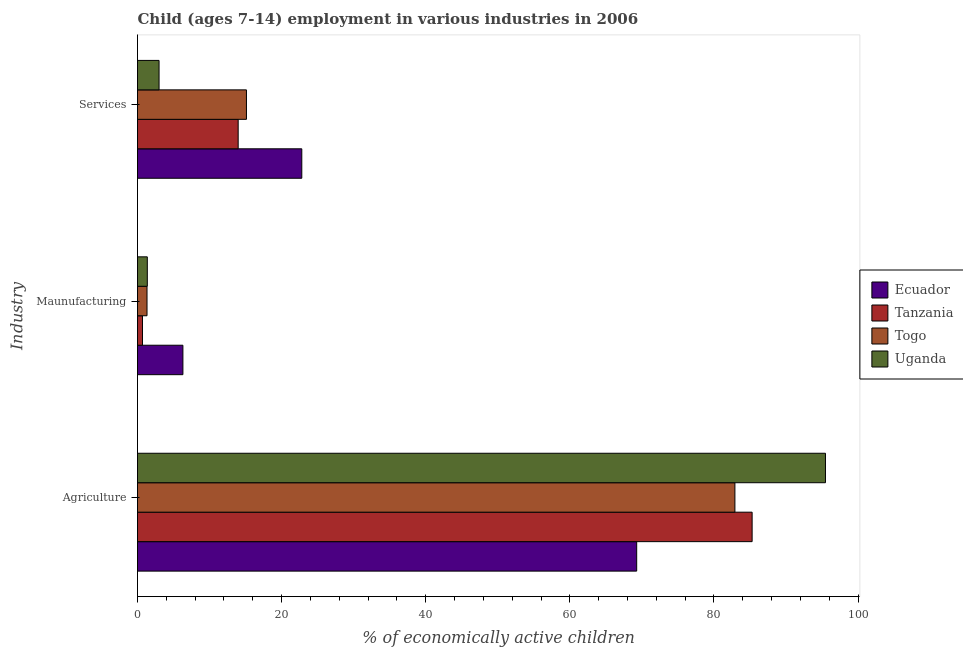
| Industry | Ecuador | Tanzania | Togo | Uganda |
 | --- | --- | --- | --- | --- |
 | Agriculture | 69.3 | 85.3 | 82.9 | 95.5 |
 | Maunufacturing | 6.3 | 0.69 | 1.32 | 1.36 |
 | Services | 22.8 | 14 | 15.1 | 2.99 |